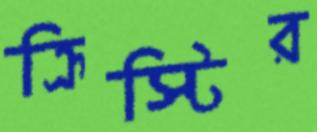
ক্রিস্টির